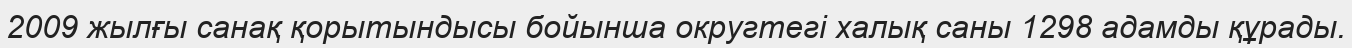
2009 жылғы санақ қорытындысы бойынша округтегі халық саны 1298 адамды құрады.